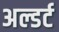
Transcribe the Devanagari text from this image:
अल्डर्ट